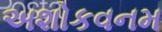
અશોકવનમ